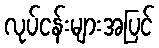
လုပ်ငန်းများအပြင်